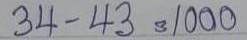
34 - 43 = 1000